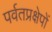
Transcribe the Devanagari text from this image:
पर्वतप्रक्षेपों